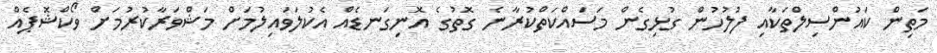
މަތިން ކައުންސިލްތަކާއި ފުލުހުން ގުޅިގެން މަސައްކަތްކުރާނެ ގޮތުގެ އޮނިގަނޑެއް އެކުލަވައިލުމަށް މަޝްވަރާކުރުމަށް ވޯކްޝޮޕެއް